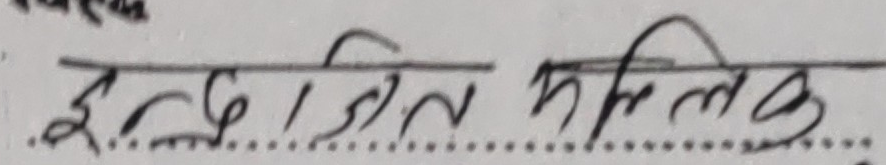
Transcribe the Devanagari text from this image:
इन्द्रजित मल्लिक